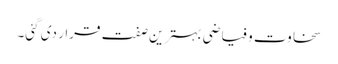
سخاوت و فیاضی بہترین صفت قرار دی گئی۔